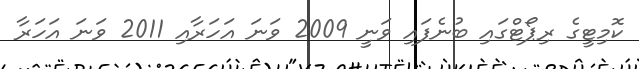
ކޮމިޓީގެ ރިޕޯޓްގައި ބުނެފައި ވަނީ 2009 ވަނަ އަހަރާއި 2011 ވަނަ އަހަރާ